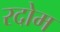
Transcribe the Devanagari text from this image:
रदोम